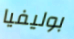
بوليفيا